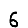
Digit: 6